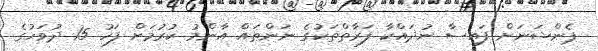
ޕެންޝަނަށް ފައިސާ ނުދައްކާ ފަރާތްތަކުގެ ނަންތައް އާންމު ކުރުމަށް ފަހު 15 ދުވަހުގެ